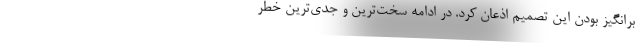
برانگیز بودن این تصمیم اذعان کرد. در ادامه سخت‌ترین و جدی‌ترین خطر